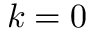
k = 0